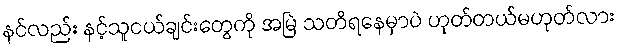
နင်လည်း နင့်သူငယ်ချင်းတွေကို အမြဲ သတိရနေမှာပဲ ဟုတ်တယ်မဟုတ်လား